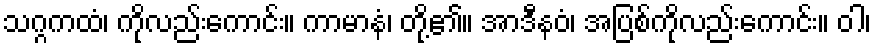
သဂ္ဂကထံ၊ ကိုလည်းကောင်း။ ကာမာနံ၊ တို့၏။ အာဒီနဝံ၊ အပြစ်ကိုလည်းကောင်း။ ဝါ၊